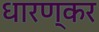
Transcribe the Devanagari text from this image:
धारण्कर